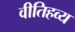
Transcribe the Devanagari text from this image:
वीतिहव्य